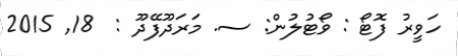
ހަވީރު ފޮޓޯ : ވޯޓުލުން: ސ. މަރަދޫފޭދޫ :  18